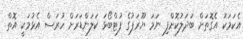
އެކަމަކު އެގޮތަށް ބަދަލުކޮށްފި ނަމަ ޔޫރަޕުގެ ފުޓްބޯޅަ ކަލަންޑަރަށް ހުރަސް އެޅުމަކީ އޮތް